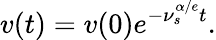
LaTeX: v(t)=v(0)e^{-\nu_{s}^{\alpha/e}t}.